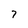
Character: 7